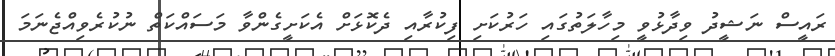
ރައީސް ނަޝީދު ވިދާޅުވީ މިހާލަތުގައި ހަރުކަށި ފިކުރާއި ދެކޮޅަށް އެކަށީގެންވާ މަސައްކަތް ނުކުރެވިއްޖެނަމަ